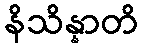
နိသိန္နာတိ